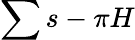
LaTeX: \sum s-\pi H